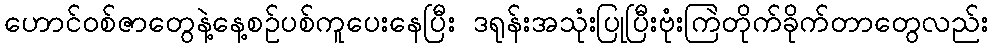
ဟောင်ဝစ်ဇာတွေနဲ့နေ့စဥ်ပစ်ကူပေးနေပြီး ဒရုန်းအသုံးပြုပြီးဗုံးကြဲတိုက်ခိုက်တာတွေလည်း